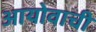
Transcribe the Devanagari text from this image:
आयोवाची